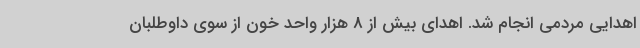
اهدایی مردمی انجام شد. اهدای بیش از 8 هزار واحد خون از سوی داوطلبان